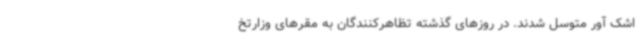
اشک آور متوسل شدند. در روزهای گذشته تظاهرکنندگان به مقرهای وزارتخ